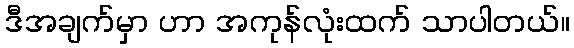
ဒီအချက်မှာ ဟာ အကုန်လုံးထက် သာပါတယ်။